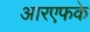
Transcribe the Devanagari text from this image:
आरएफके